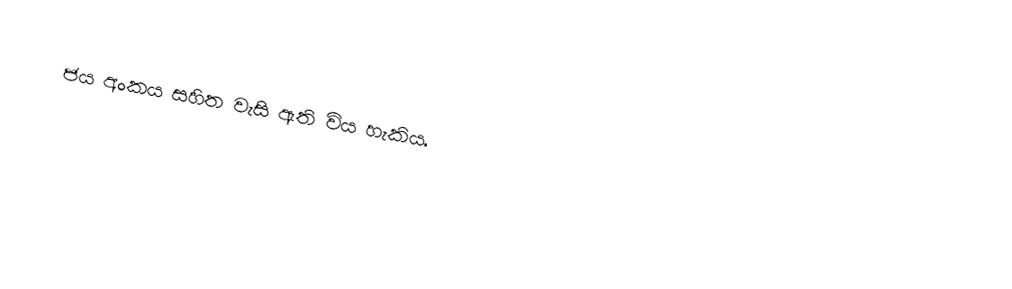
ජය අංකය සහිත වැසි ඇති විය හැකිය.